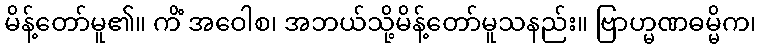
မိန့်တော်မူ၏။ ကိံ အဝေါစ၊ အဘယ်သို့မိန့်တော်မူသနည်း။ ဗြာဟ္မဏဓမ္မိက၊